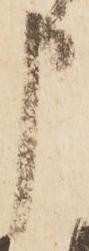
申